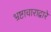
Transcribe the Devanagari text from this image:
भ्रष्टाचाराद्वारे